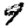
Digit: 9